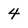
Character: 4